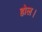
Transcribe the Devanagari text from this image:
होल।